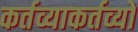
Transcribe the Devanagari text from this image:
कर्तव्याकर्तव्यों